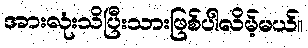
အားလုံးသိပြီးသားဖြစ်ပါလိမ့်မယ်။